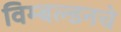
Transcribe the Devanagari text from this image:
विम्बल्डनचे